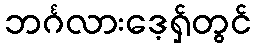
ဘင်္ဂလားဒေ့ရှ်တွင်